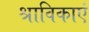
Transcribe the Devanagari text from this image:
श्राविकाएं